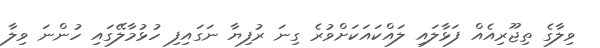
ވިލާގެ ތިޖޫރިއެއް ފަޅާލައި ލައްކައަކަށްވުރެ ގިނަ ރުފިޔާ ނަގައިފި ހުޅުމާލޭގައި ހުންނަ ވިލާ